Trukikaitis_Postimees, lk 170
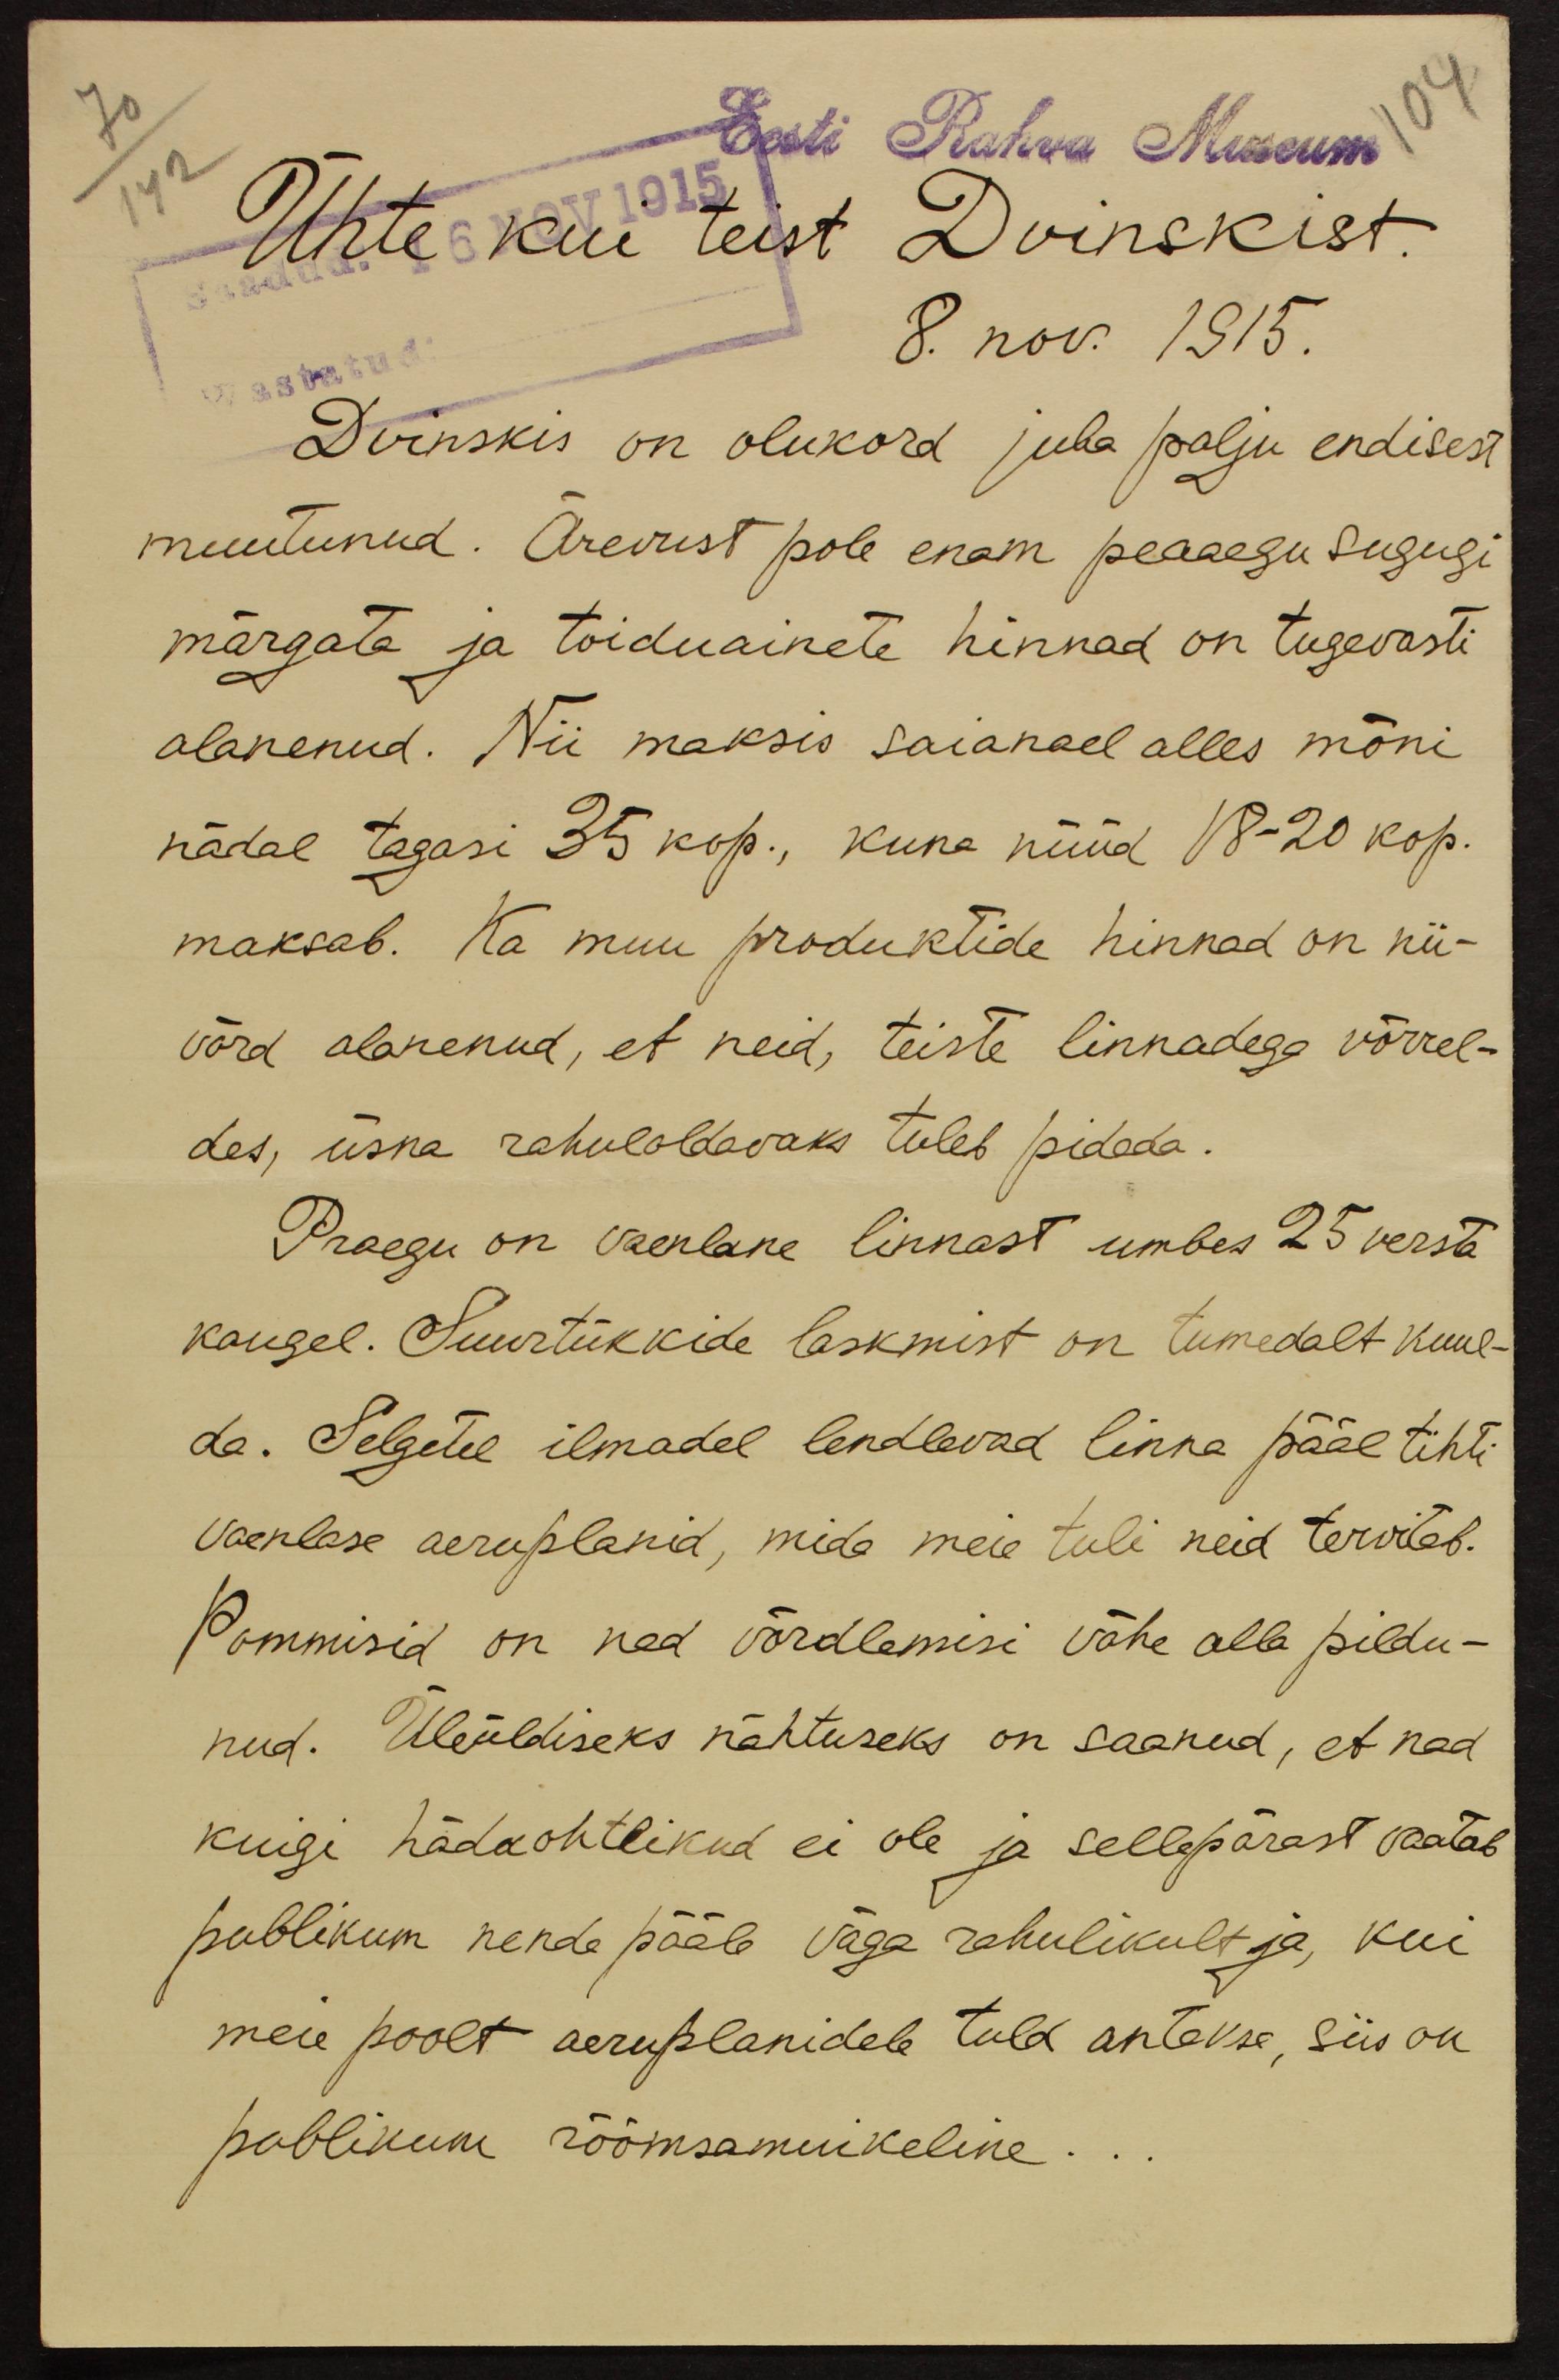
Eest Rahva Museum
Ühte kui teist Divinskist.
8. nov. 1915.
Wastatud
Dvinskis on olukord juba palju endisest
muutunud. Ärevust pole enam peaaegu sugugi
märgata ja toiduainete hinnad on tugevasti
alanenud. Nii maksis saianael alles mõni
nädal tagasi 35 kop., kuna nüüd 18-20 kop.
maksab. Ka muu produktide hinnad on nii-
võrd alanenud, et neid, teiste linnadega võrrel-
des, üsna rahuloldavaks tuleb pidada.
Praegu on vaenlane linnast umbes 25 versta
kaugel. Suurtükkide laskmist on tumedalt kuul-
da. Selgetel ilmadel lendlevad linna pääl tihti
vaenlase aeruplanid, mida meie tuli neid tervitab.
Pommisid on nad võrdlemisi vähe alla pildu-
nud. Üleüldiseks nähtuseks on saanud, et nad
kuigi hädaohtlikud ei ole ja sellepärast vaatab
publikum nende pääle väga rahulikult ja, kui
meie poolt aeruplanidele tuld antakse, siis on
pubilikum rõõmsamuikeline...